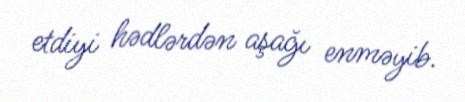
etdiyi hədlərdən aşağı enməyib.